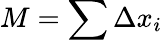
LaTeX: M=\sum\Delta x_{i}